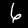
Label: 6